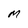
Character: M